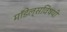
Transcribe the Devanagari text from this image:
मॉडेल्सविषयी